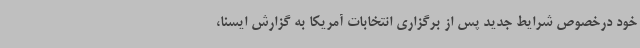
خود درخصوص شرایط جدید پس از برگزاری انتخابات آمریکا به گزارش ایسنا،